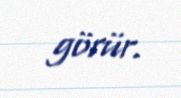
görür.